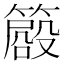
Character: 𥳨